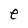
Character: e